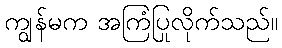
ကျွန်မက အကြံပြုလိုက်သည်။